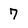
Character: 7